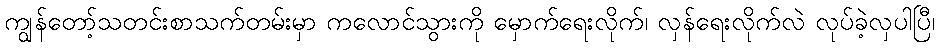
ကျွန်တော့်သတင်းစာသက်တမ်းမှာ ကလောင်သွားကို မှောက်ရေးလိုက်၊ လှန်ရေးလိုက်လဲ လုပ်ခဲ့လှပါပြီ၊